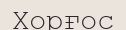
Хорғос